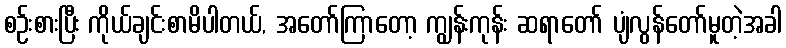
စဉ်းစားပြီး ကိုယ်ချင်းစာမိပါတယ်, အတော်ကြာတော့ ကျွန်းကုန်း ဆရာတော် ပျံလွန်တော်မူတဲ့အခါ